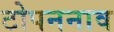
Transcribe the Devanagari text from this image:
टोपननाव